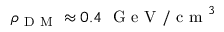
\rho _ { \mathrm { ~ D ~ M ~ } } \approx 0 . 4 \ \mathrm { ~ G ~ e ~ V ~ / ~ c ~ m ~ } ^ { 3 }